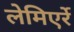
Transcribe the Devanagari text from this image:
लेमिएर्रे